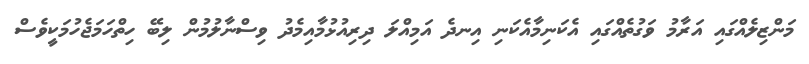
މަންޒިލެއްގައި އަރާމު ވަގުތެއްގައި އެކަނިމާއެކަނި އިނދެ އަމިއްލަ ދިރިއުޅުމާއިމެދު ވިސްނާލުމުން ލިބޭ ހިތްހަމަޖެހުމަކީވެސް